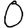
Digit: 0